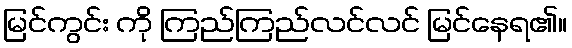
မြင်ကွင်း ကို ကြည်ကြည်လင်လင် မြင်နေရ၏။